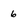
Character: 6